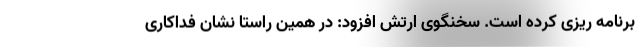
برنامه ریزی کرده است. سخنگوی ارتش افزود: در همین راستا نشان فداکاری